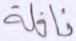
نافلة